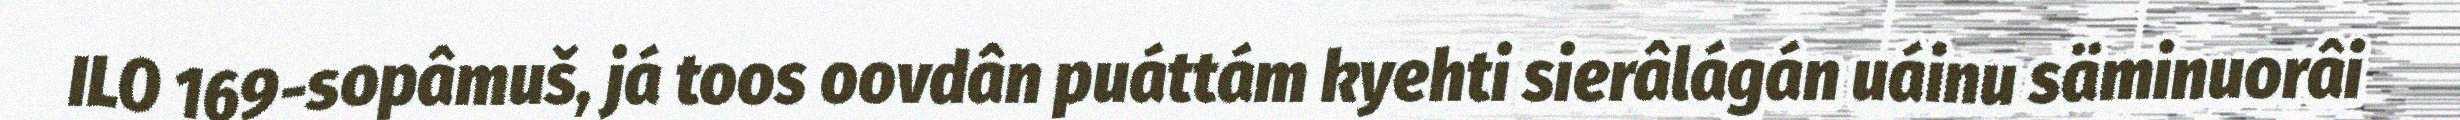
ILO 169-sopâmuš, já toos oovdân puáttám kyehti sierâlágán uáinu säminuorâi